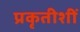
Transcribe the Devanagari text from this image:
प्रकृतीशीं